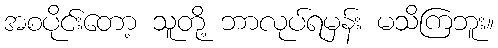
အစပိုင်းတော့ သူတို့ ဘာလုပ်ရမှန်း မသိကြဘူး။